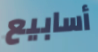
أسابيع